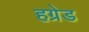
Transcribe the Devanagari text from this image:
हग्रेड